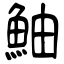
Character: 鮋